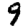
Digit: 9